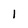
Character: 1